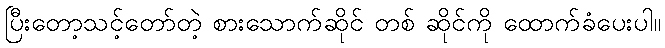
ပြီးတော့သင့်တော်တဲ့ စားသောက်ဆိုင် တစ် ဆိုင်ကို ထောက်ခံပေးပါ။